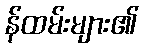
န်ထမ်းများ၏